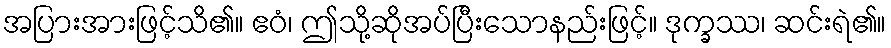
အပြားအားဖြင့်သိ၏။ ဧဝံ၊ ဤသို့ဆိုအပ်ပြီးသောနည်းဖြင့်။ ဒုက္ခဿ၊ ဆင်းရဲ၏။